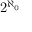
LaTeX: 2 ^ { \aleph _ { 0 } }